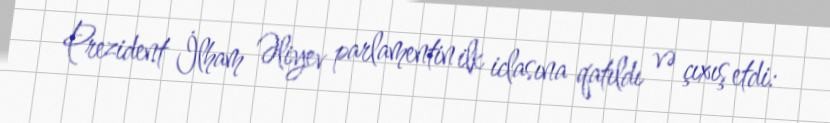
Prezident İlham Əliyev parlamentin ilk iclasına qatıldı və çıxış etdi: